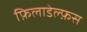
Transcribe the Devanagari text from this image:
फ़िलाडेल्फ़स